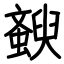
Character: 斔